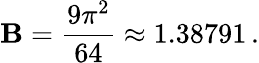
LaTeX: \mathbf{B}={\frac{{9\pi^{2}}}{{64}}}\approx1.38791\, .